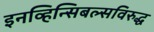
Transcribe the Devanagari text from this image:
इनव्हिन्सिबल्सविरुद्ध